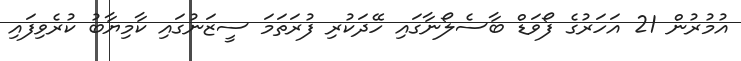
އުމުރުން 21 އަހަރުގެ ފޯވަޑް ބާސެލޯނާގައި ހޭދަކުރި ފުރަތަމަ ސީޒަނުގައި ކާމިޔާބު ކުރެވިފައި